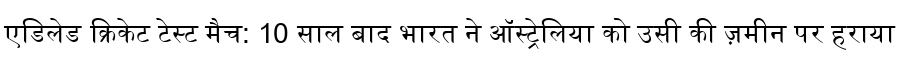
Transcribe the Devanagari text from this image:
एडिलेड क्रिकेट टेस्ट मैच: 10 साल बाद भारत ने ऑस्ट्रेलिया को उसी की ज़मीन पर हराया